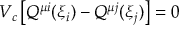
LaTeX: V _ { c } \left[ Q ^ { \mu i } ( \xi _ { i } ) - Q ^ { \mu j } ( \xi _ { j } ) \right] = 0